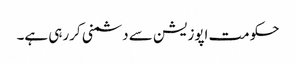
حکومت اپوزیشن سے دشمنی کررہی ہے۔